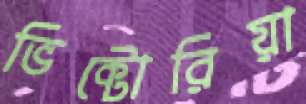
ভিক্টোরিয়া